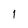
Character: 1